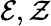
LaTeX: {\mathcal{E}},{\mathcal{Z}}